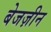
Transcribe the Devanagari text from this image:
बेजज़ीन